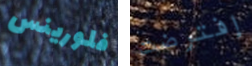
فلورينس إفترضت